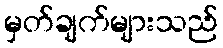
မှတ်ချက်များသည်